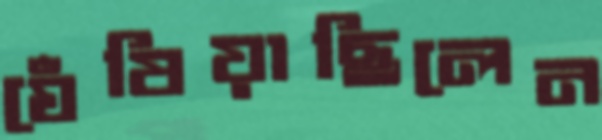
ঘেঁষিয়াছিলেন